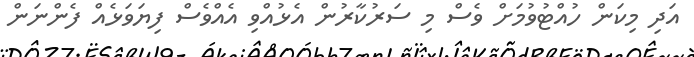
އަދި މިކަން ހުއްޓުވުމަށް ވެސް މި ސަރުކާރުން އެޅުއްވި އެއްވެސް ފިޔަވަޅެއް ފެންނަން